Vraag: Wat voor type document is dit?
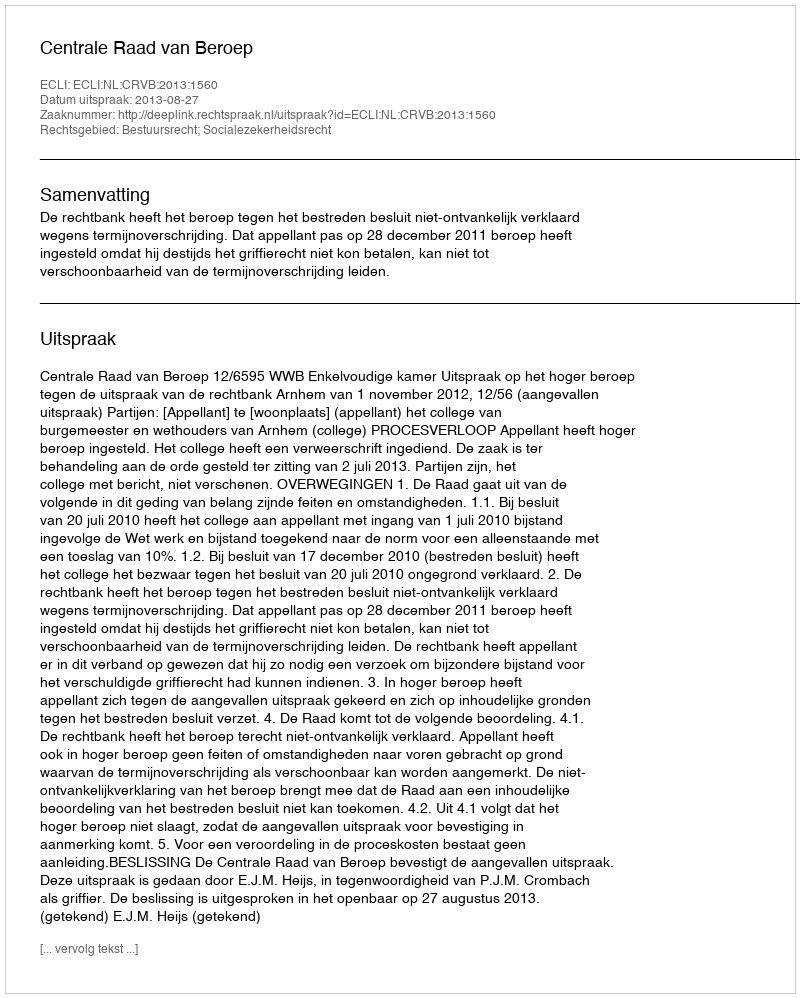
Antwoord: Uitspraak